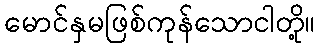
မောင်နှမဖြစ်ကုန်သောငါတို့။